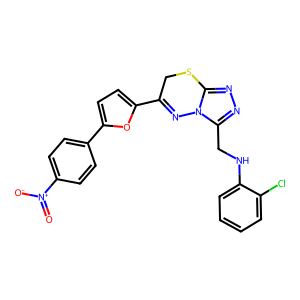
SMILES: O=[N+]([O-])c1ccc(-c2ccc(C3=Nn4c(CNc5ccccc5Cl)nnc4SC3)o2)cc1
Inhibits HIV replication: No